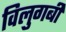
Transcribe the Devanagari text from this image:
विलुगबी